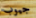
جيوب